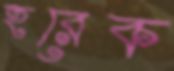
হরেক